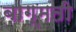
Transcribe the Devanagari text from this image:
बाग्मती